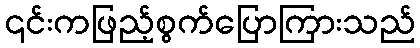
၎င်းကဖြည့်စွက်ပြောကြားသည်